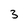
Character: 3